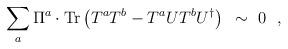
LaTeX: \begin{align*}\sum_a\Pi^a\cdot{\rm Tr}\left( T^aT^b-T^aUT^bU^{\dagger}\right)~\sim~0~~,\end{align*}